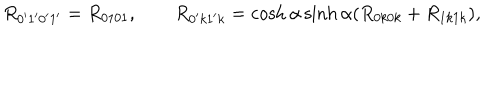
LaTeX: R _ { 0 ^ { \prime } 1 ^ { \prime } 0 ^ { \prime } 1 ^ { \prime } } = R _ { 0 1 0 1 } , \qquad R _ { 0 ^ { \prime } k 1 ^ { \prime } k } = \cosh \alpha \sinh \alpha ( R _ { 0 k 0 k } + R _ { 1 k 1 k } ) ,